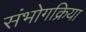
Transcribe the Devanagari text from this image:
संभोगक्रिया